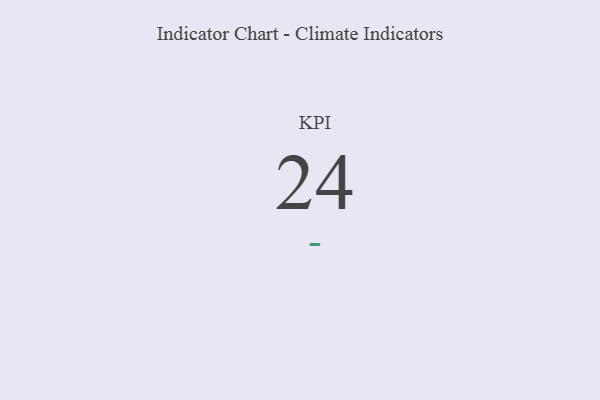
{"axis": {"x": "KPI", "y": "Value"}, "legend": [""], "data": [{"x": "KPI", "y": 24, "type": ""}]}